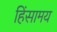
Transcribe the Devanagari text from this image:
हिंसामय